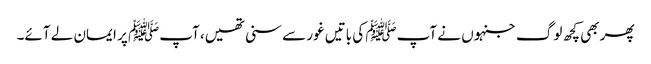
پھر بھی کچھ لوگ جنہوں نے آپﷺ کی باتیں غور سے سنی تھیں، آپﷺ پر ایمان لے آئے۔